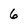
Character: 6